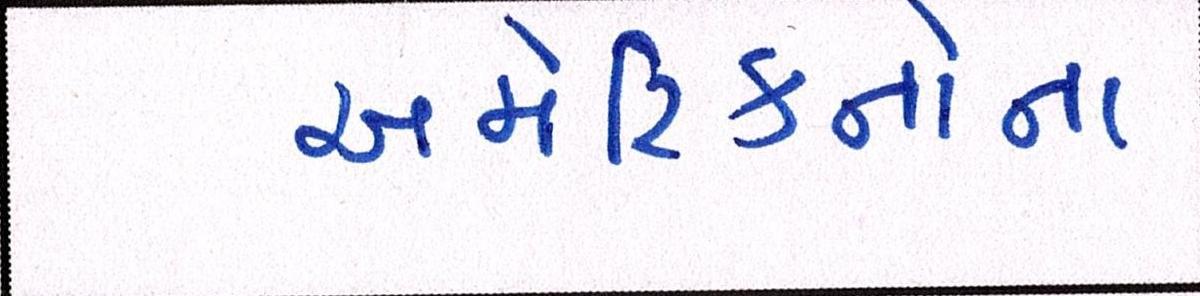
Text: અમેરિકનોના